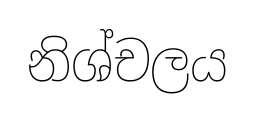
නිශ්චලය